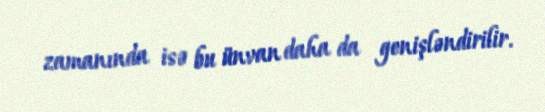
zamanında isə bu ünvan daha da genişləndirilir.